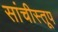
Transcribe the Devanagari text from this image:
सांचीस्तूप